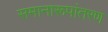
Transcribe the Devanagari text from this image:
समानारूपांतरण